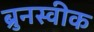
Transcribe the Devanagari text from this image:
ब्रुनस्वीक